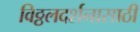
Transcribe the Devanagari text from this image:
विठ्ठलदर्शनासाठी